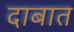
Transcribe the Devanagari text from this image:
दाबात